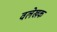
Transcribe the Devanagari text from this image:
वलेखक